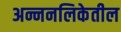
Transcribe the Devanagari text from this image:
अन्ननलिकेतील